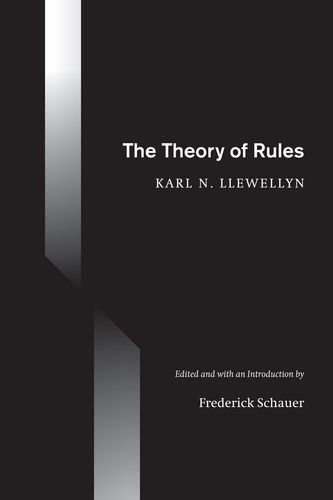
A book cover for The Theory of Rules; Karl N. Llewellyn; Law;